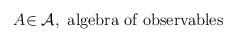
LaTeX: \begin{align*}\,\,\,A\mathcal{\in A},\,\,\hbox{algebra of observables }\end{align*}